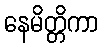
နေမိတ္တိကာ